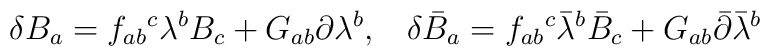
\delta B_a = f_{ab}{}^c \lambda^b B_c + G_{ab}\partial\lambda^b, \hskip 10 pt\delta \bar B_a = f_{ab}{}^c \bar\lambda^b \bar B_c      + G_{ab}\bar\partial\bar\lambda^b